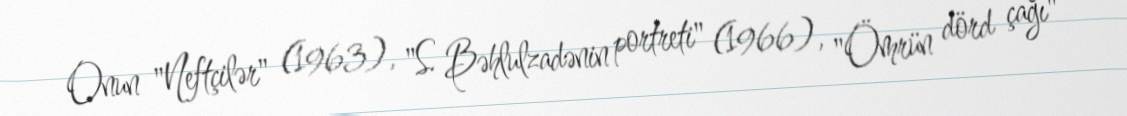
Onun "Neftçilər" (1963), "S. Bəhlulzadənin portreti" (1966), "Ömrün dörd çağı"